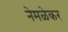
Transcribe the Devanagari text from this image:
नेमळेकर